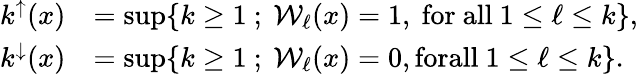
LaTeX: \begin{array}{rl}{k^{\uparrow}(x)}&{=\operatorname*{sup}\{ k\ge 1\ ;\ \mathcal{W}_{\ell}(x)=1,\mathrm{~for~all}\ 1\le\ell\le k\} ,}\\ {k^{\downarrow}(x)}&{=\operatorname*{sup}\{ k\ge 1\ ;\ \mathcal{W}_{\ell}(x)=0,\textrm{forall}\ 1\le\ell\le k\} .}\end{array}